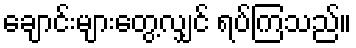
ချောင်းများတွေ့လျှင် ရပ်ကြသည်။